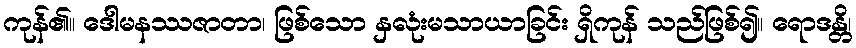
ကုန်၏။ ဒေါမနဿဇာတာ၊ ဖြစ်သော နှလုံးမသာယာခြင်း ရှိကုန် သည်ဖြစ်၍။ ရောဒန္တိ၊